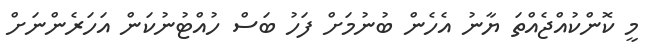
މީ ކޮންކުއްޖެއްތަ ޔާނު އެހެން ބުނުމަށް ފަހު ބަސް ހުއްޓުނުކަން އަހަރެންނަށް